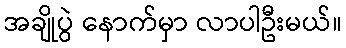
အချိုပွဲ နောက်မှာ လာပါဦးမယ်။